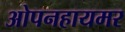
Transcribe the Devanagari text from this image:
ओपनहायमर